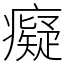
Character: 癡